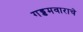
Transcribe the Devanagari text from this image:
गड्डमवाराचे